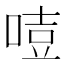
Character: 𠷸